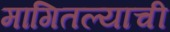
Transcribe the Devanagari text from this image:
मागितल्याची